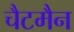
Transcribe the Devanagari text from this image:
चैटमैन